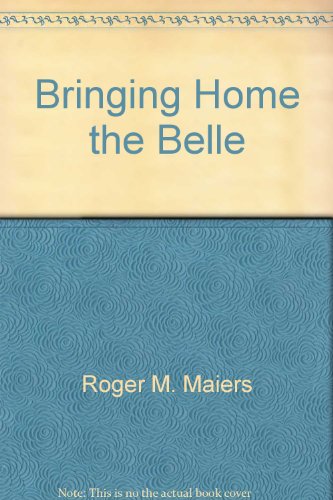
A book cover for Bringing Home the Belle; Roger M. Maiers; Travel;